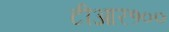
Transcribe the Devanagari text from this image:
टीआर१००